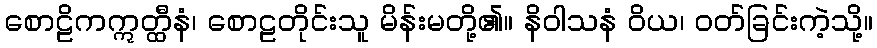
စောဠိကဣတ္ထီနံ၊ စောဠတိုင်းသူ မိန်းမတို့၏။ နိဝါသနံ ဝိယ၊ ဝတ်ခြင်းကဲ့သို့။